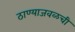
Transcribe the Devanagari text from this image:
ठाण्याजवळची